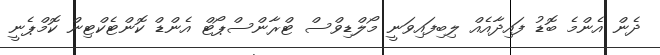
ދެން އެންމެ ބޮޑު ފައިދާއެއް ލިބިފައިވަނީ މޯލްޑިވްސް ޓްރާންސްޕޯޓް އެންޑް ކޮންޓެކްޓިން ކޮމްޕެނީ